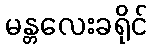
မန္တလေးခရိုင်